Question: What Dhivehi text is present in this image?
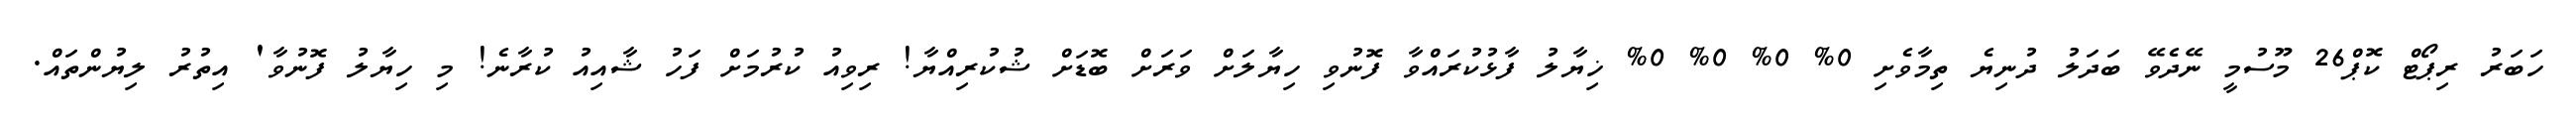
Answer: ހަބަރު ރިޕޯޓް ކޮޕް26 މޫސުމީ ނޭދެވޭ ބަދަލު ދުނިޔެ ތިމާވެށި 0% 0% 0% 0% ޚިޔާލު ފާޅުކުރައްވާ ފޮނުވި ހިޔާލަށް ވަރަށް ބޮޑަށް ޝުކުރިއްޔާ! ރިވިއު ކުރުމަށް ފަހު ޝާއިއު ކުރާނެ! މި ހިޔާލު ފޮނުވާ' އިތުރު ލިޔުންތައް.